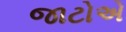
જાટોએ